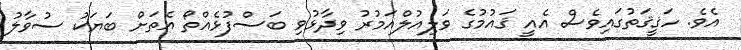
އެވެ. ހަޤީޤަތުގައިވެސް އެއީ ޤައުމުގެ ވަލިއުލްއަމުރު ވިދާޅުވި ބަސްފުޅެއްތޯ އެތަށް ބަޔަކު ސުވާލު